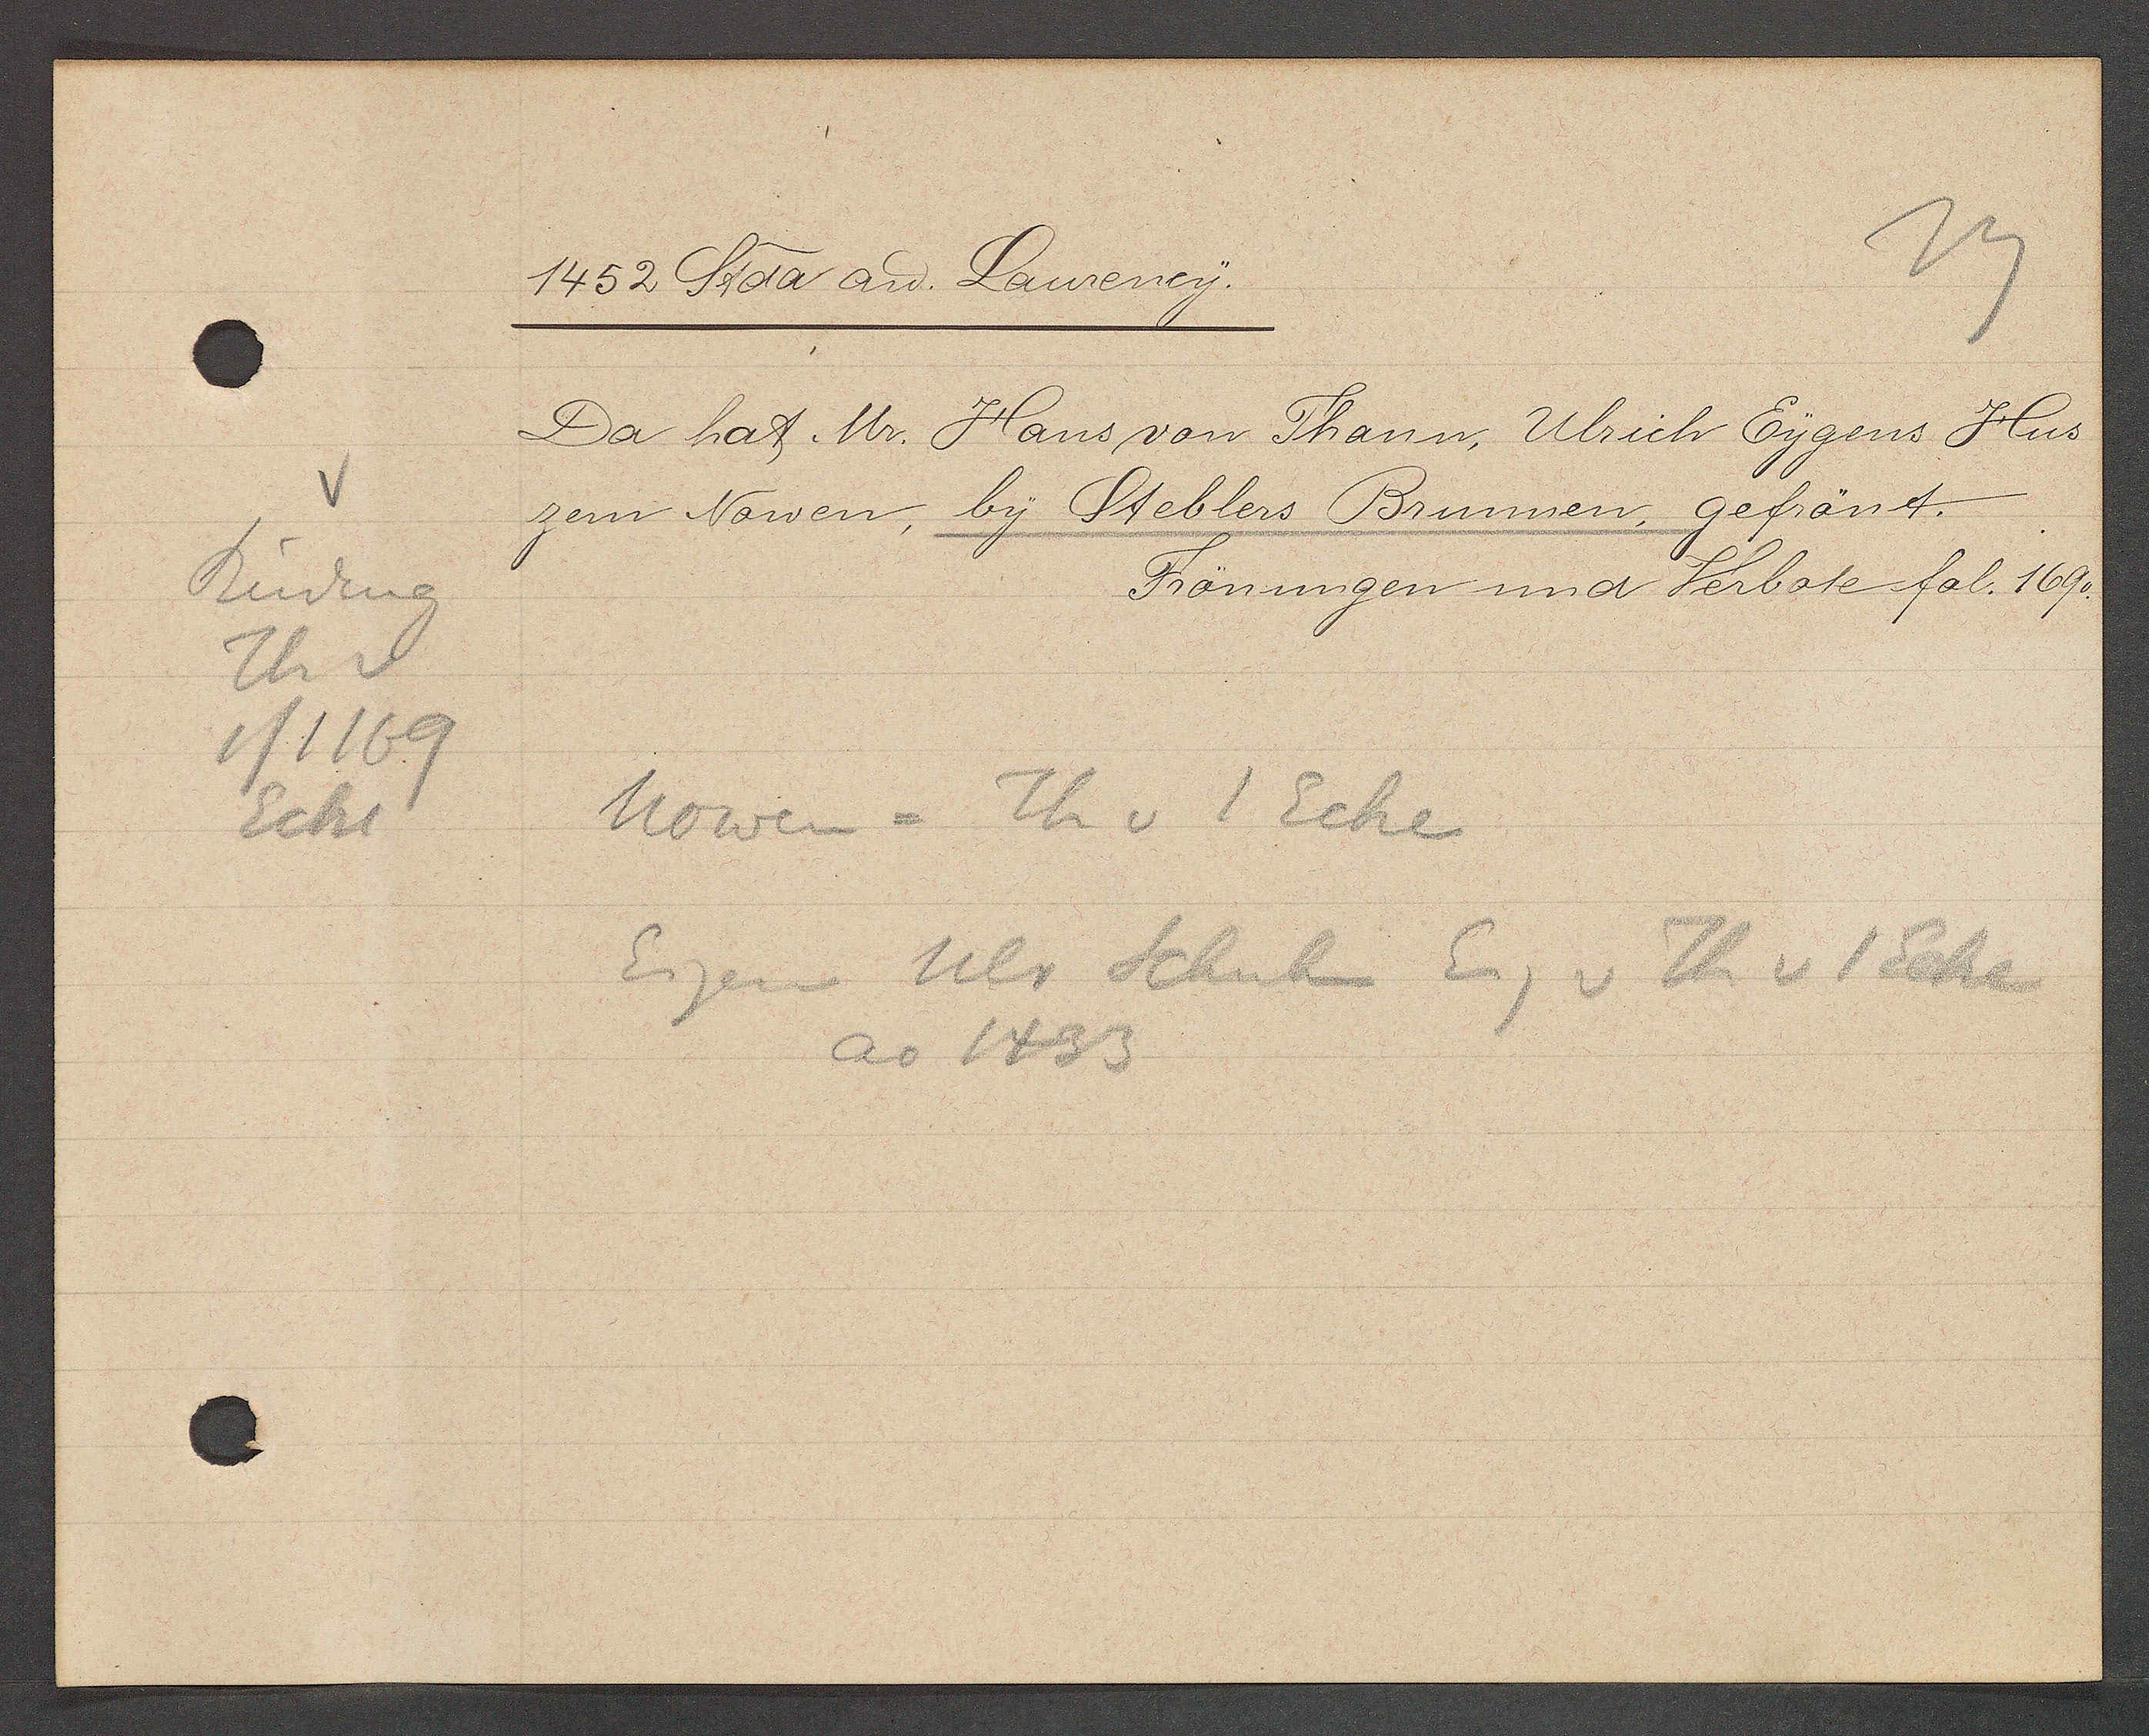
Transcript:
Rüdeng
Th v
1/1169
Ecke

1452 Stda aȵ Laurency.

Da hat Mr. Hans von Thann, Ulrich Eygens Hus
zem Nowen, by Steblers Brunnen, gefrönt.
Frönungen und Verbote fol. 169.

Nowen = Th v 1 Ecke
Eigen Ulr Schuhm Eig v Th v 1 Ecke
ao 1433